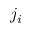
j _ { i }